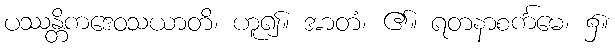
ပဿန္တိကဒေဝသယာတိ၊ ဟူ၍။ အာတံ၊ ၏။ ရတနာစင်္ကမေ၊ ၌။